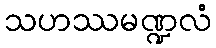
သဟဿမဏ္ဍလံ